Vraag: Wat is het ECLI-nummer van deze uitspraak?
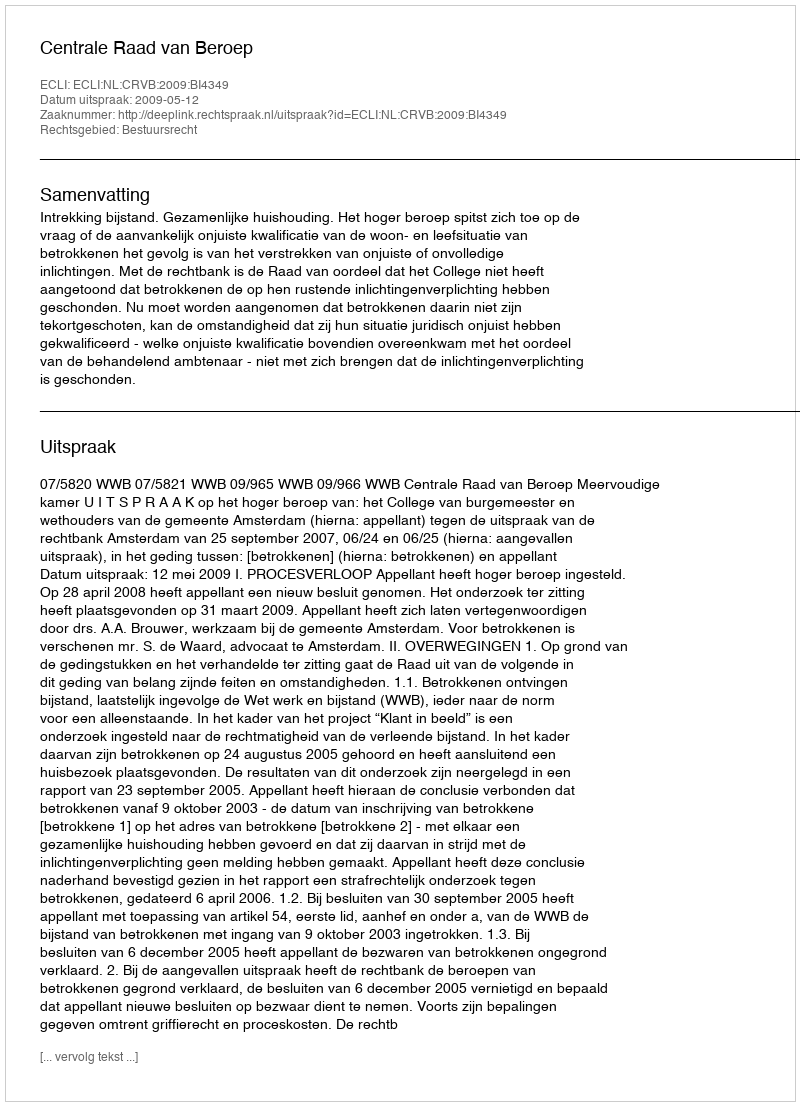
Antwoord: ECLI:NL:CRVB:2009:BI4349